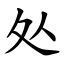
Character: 处